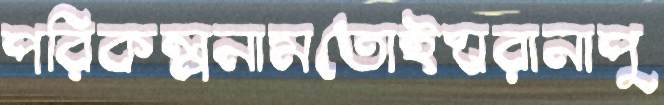
পরিকল্পনামতোইঘরানাপু